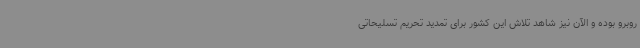
روبرو بوده و الآن نیز شاهد تلاش این کشور برای تمدید تحریم تسلیحاتی